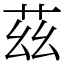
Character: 茲